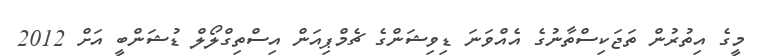
މީގެ އިތުރުން ތަޖަކިސްތާނުގެ އެއްވަނަ ޑިވިޝަންގެ ޗެމްޕިއަން އިސްތިގްލޯލް ޑުޝަންބީ އަށް 2012